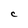
Character: C